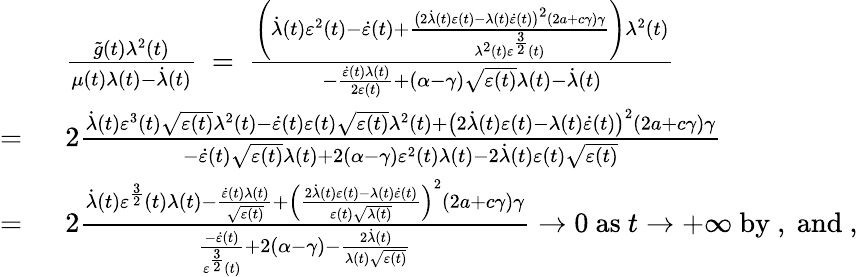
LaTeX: \begin{array}{rl}&{\frac{\tilde{g}(t)\lambda^{2}(t)}{\mu(t)\lambda(t)-\dot{\lambda}(t)}\ =\ \frac{\left(\dot{\lambda}(t)\varepsilon^{2}(t)-\dot{\varepsilon}(t)+\frac{\big(2\dot{\lambda}(t)\varepsilon(t)-\lambda(t)\dot{\varepsilon}(t)\big)^{2}(2a+c\gamma)\gamma}{\lambda^{2}(t)\varepsilon^{\frac{3}{2}}(t)}\right)\lambda^{2}(t)}{-\frac{\dot{\varepsilon}(t)\lambda(t)}{2\varepsilon(t)}+\left(\alpha-\gamma\right)\sqrt{\varepsilon(t)}\lambda(t)-\dot{\lambda}(t)}}\\ {=\ }&{2\frac{\dot{\lambda}(t)\varepsilon^{3}(t)\sqrt{\varepsilon(t)}\lambda^{2}(t)-\dot{\varepsilon}(t)\varepsilon(t)\sqrt{\varepsilon(t)}\lambda^{2}(t)+\big(2\dot{\lambda}(t)\varepsilon(t)-\lambda(t)\dot{\varepsilon}(t)\big)^{2}(2a+c\gamma)\gamma}{-\dot{\varepsilon}(t)\sqrt{\varepsilon(t)}\lambda(t)+2\left(\alpha-\gamma\right)\varepsilon^{2}(t)\lambda(t)-2\dot{\lambda}(t)\varepsilon(t)\sqrt{\varepsilon(t)}}}\\ {=\ }&{2\frac{\dot{\lambda}(t)\varepsilon^{\frac{3}{2}}(t)\lambda(t)-\frac{\dot{\varepsilon}(t)\lambda(t)}{\sqrt{\varepsilon(t)}}+\left(\frac{2\dot{\lambda}(t)\varepsilon(t)-\lambda(t)\dot{\varepsilon}(t)}{\varepsilon(t)\sqrt{\lambda(t)}}\right)^{2}(2a+c\gamma)\gamma}{\frac{-\dot{\varepsilon}(t)}{\varepsilon^{\frac{3}{2}}(t)}+2\left(\alpha-\gamma\right)-\frac{2\dot{\lambda}(t)}{\lambda(t)\sqrt{\varepsilon(t)}}}\to 0\mathrm{~as~}t\to+\infty\mathrm{~by~},\mathrm{~and~},}\end{array}